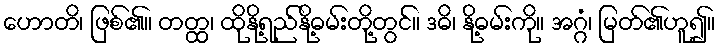
ဟောတိ၊ ဖြစ်၏။ တတ္ထ၊ ထိုနို့ရည်နို့ဓမ်းတို့တွင်။ ဒဓိ၊ နို့ဓမ်းကို။ အဂ္ဂံ၊ မြတ်၏ဟူ၍။